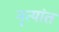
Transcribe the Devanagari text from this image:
नृत्यांत